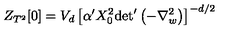
Z _ { T ^ { 2 } } [ 0 ] = V _ { d } \left[ \alpha ^ { \prime } X _ { 0 } ^ { 2 } { \det } ^ { \prime } \left( - \nabla _ { w } ^ { 2 } \right) \right] ^ { - d / 2 }